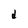
Character: d